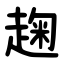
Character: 趜